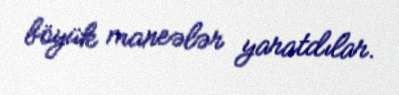
böyük maneələr yaratdılar.